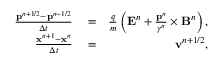
\begin{array} { r l r } { \frac { \mathbf { p } ^ { n + 1 / 2 } - \mathbf { p } ^ { n - 1 / 2 } } { \Delta t } } & { { } = } & { \frac { q } { m } \left( \mathbf { E } ^ { n } + \frac { \mathbf { p } ^ { n } } { \gamma ^ { n } } \times \mathbf { B } ^ { n } \right) , } \\ { \frac { \mathbf { x } ^ { n + 1 } - \mathbf { x } ^ { n } } { \Delta t } } & { { } = } & { \mathbf { v } ^ { n + 1 / 2 } , } \end{array}